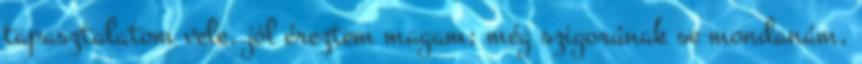
tapasztalatom vele, jól éreztem magam; még szigorúnak se mondanám,